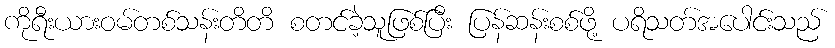
ကိုရီးယားဝမ်တစ်သန်းတိတိ စတင်ခဲ့သူဖြစ်ပြီး ပြန်ဆန်းစစ်ဖို့ ပရိသတ်အပေါင်းသည်